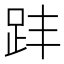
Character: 𧿣